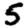
Digit: 5